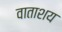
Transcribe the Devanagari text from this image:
वाताशय